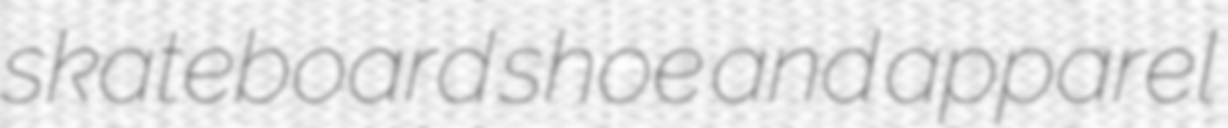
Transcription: skateboard shoe and apparel